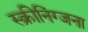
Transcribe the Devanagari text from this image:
स्क्रीनिंग्जना